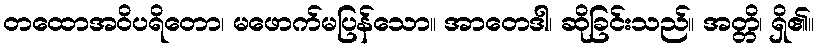
တထောအဝိပရိတော၊ မဖောက်မပြန်သော။ အာတေဒါ၊ ဆိုခြင်းသည်။ အတ္တိ၊ ရှိ၏။